Tezpur Lunatic Asylum reports 1895-1904 - 1895-1904
Year: 1895
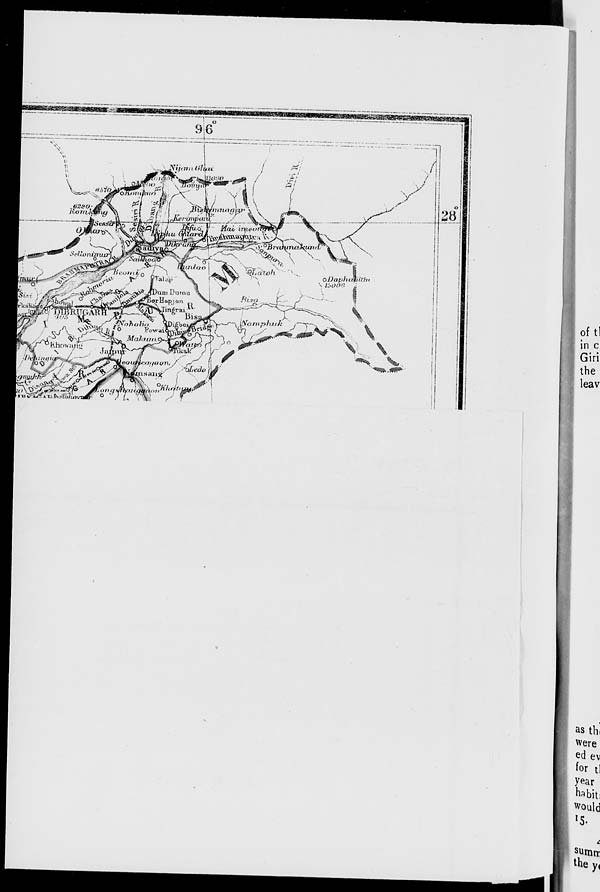
■
NyaiivOJlai
JXWjjQ
• v I tfr'"
Jw/cntpom,
y j^._;>. M
W—
V
.}-'■
/""
_k
& 'fill '7?I irft*' 1
SeUvTvunurj o
'
oDaphiOittlx
-uNamphjuJk j y—N
y<